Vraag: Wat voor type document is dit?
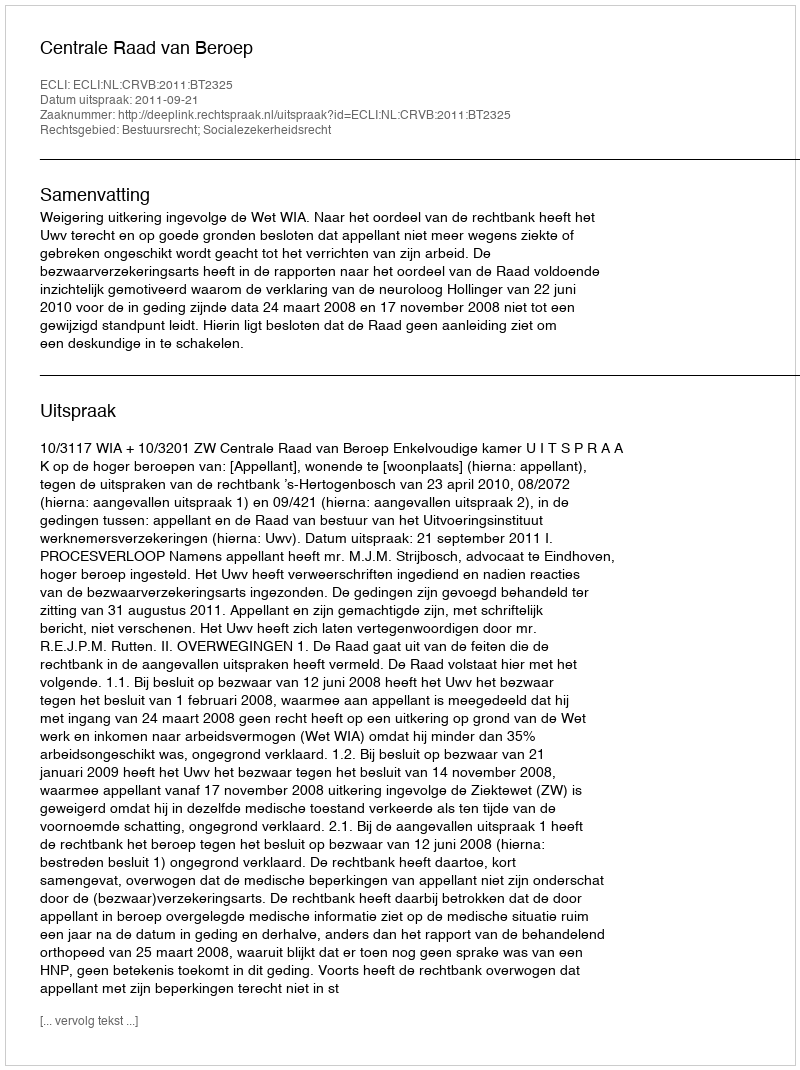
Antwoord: Uitspraak